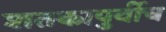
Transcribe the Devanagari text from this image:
शतकापुर्वीच